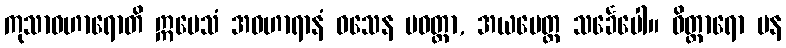
ကုသာဝဟာရောတိ ဣမေသံ အဝဟာရာနံ ဝသေန ပဝတ္တာ, အယမေတ္ထ သင်္ခေပေါ။ ဝိတ္ထာရော ပန